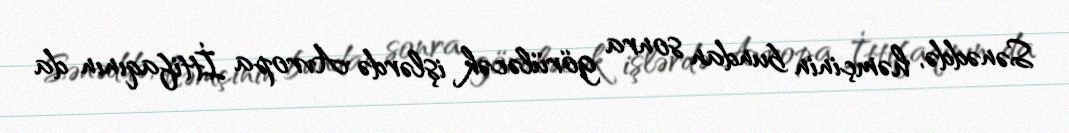
Sənəddə, həmçinin bundan sonra görüləcək işlərdə Avropa İttifaqının da